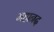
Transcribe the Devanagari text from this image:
महानद